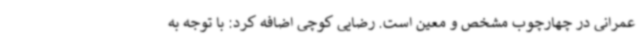
عمرانی در چهارچوب مشخص و معین است. رضایی کوچی اضافه کرد: با توجه به